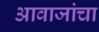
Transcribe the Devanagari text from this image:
आवाजांचा